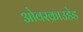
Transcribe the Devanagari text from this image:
ओवरक्राउडेड